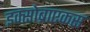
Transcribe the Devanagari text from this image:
इक्सोब्राएकस